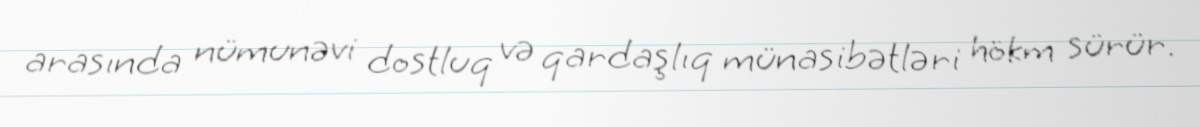
arasında nümunəvi dostluq və qardaşlıq münasibətləri hökm sürür.